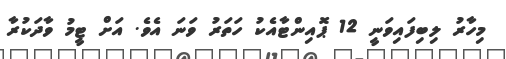
މިހާރު ލިބިފައިވަނީ 12 ޕޮއިންޓާއެކު ހަތަރު ވަނަ އެވެ. އަށް ޓީމު ވާދަކުރާ